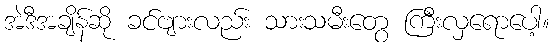
အဲဒီအချိန်ဆို ခင်ဗျားလည်း သားသမီးတွေ ကြီးလှရောပေါ့။